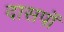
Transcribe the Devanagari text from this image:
दासपॉ